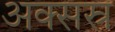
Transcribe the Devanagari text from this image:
अक्सस्र